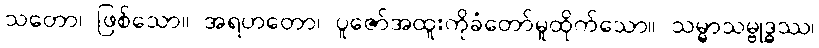
သတော၊ ဖြစ်သော။ အရဟတော၊ ပူဇော်အထူးကိုခံတော်မူထိုက်သော။ သမ္မာသမ္ဗုဒ္ဓဿ၊